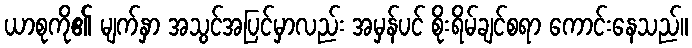
ယာစုကို၏ မျက်နှာ အသွင်အပြင်မှာလည်း အမှန်ပင် စိုးရိမ်ချင်စရာ ကောင်းနေသည်။